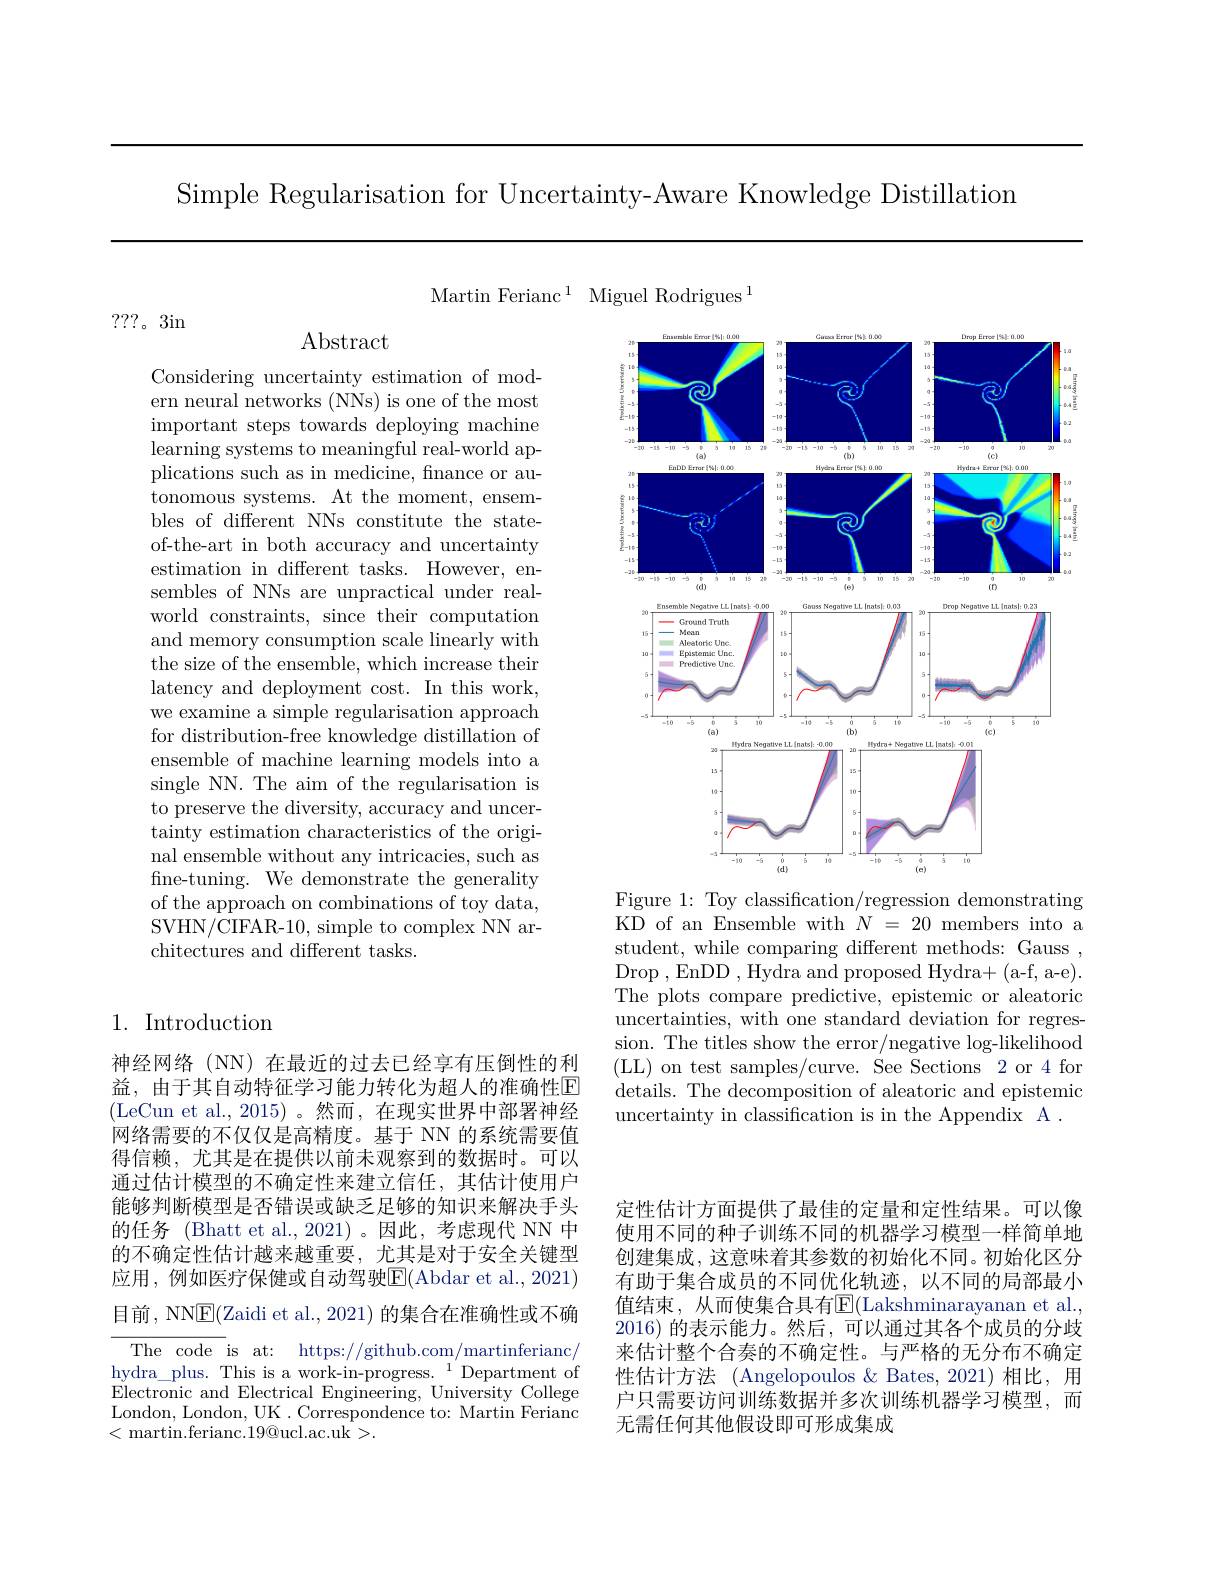
Simple Regularisation for Uncertainty-Aware Knowledge Distillation

Martin Ferianc$^1$ Miguel Rodrigues$^1$

???。3in

$\operatorname{Abstract}$

Considering uncertainty estimation of modern neural networks (NNs) is one of the most important steps towards deploying machine learning systems to meaningful real-world applications such as in medicine, finance or autonomous systems. At the moment, ensembles of different NNs constitute the stateof-the-art in both accuracy and uncertainty estimation in different tasks. However, ensembles of NNs are unpractical under realworld constraints, since their computation and memory consumption scale linearly with the size of the ensemble, which increase their latency and deployment cost. In this work, we examine a simple regularisation approach for distribution-free knowledge distillation of ensemble of machine learning models into a single NN. The aim of the regularisation is to preserve the diversity, accuracy and uncertainty estimation characteristics of the original ensemble without any intricacies, such as fne-tuning. We demonstrate the generality of the approach on combinations of toy data, SVHN/CIFAR-10, simple to complex NN architectures and different tasks.

## 1. Introduction

神经网络(NN)在最近的过去已经享有压倒性的利益，由于其自动特征学习能力转化为超人的准确性E (LeCun et al.,2015)。然而，在现实世界中部署神经网络需要的不仅仅是高精度。基于 NN 的系统需要值得信赖，尤其是在提供以前未观察到的数据时。可以通过估计模型的不确定性来建立信任，其估计使用户能够判断模型是否错误或缺乏足够的知识来解决手头的任务 (Bhatt et al.,2021)。因此，考虑现代 NN 中的不确定性估计越来越重要，尤其是对于安全关键型应用，例如医疗保健或自动驾驶$\overline{\mathrm{E}}($Abdar et al.,2021) 目前，NNE(Zaidi et al., 2021) 的集合在准确性或不确The code is at: https://github.com/martinferianc/ hydra\_plus. This is a work-in-progress. $^{1^{\prime}}$Department of Electronic and Electrical Engineering, University College London, London, UK. Correspondence to: Martin Ferianc

< martin.ferianc.19@ucl.ac.uk>.

<FigureHere>

Figure 1: Toy classification/regression demonstrating KD of an Ensemble with $N=20$ members into a student, while comparing different methods: Gauss , Drop ,EnDD ,Hydra and proposed Hydra+(a-f, a-e). The plots compare predictive, epistemic or aleatoric uncertainties, with one standard deviation for regression. The titles show the error/negative log-likelihood (LL) on test samples/curve. See Sections 2 or 4 for details. The decomposition of aleatoric and epistemic uncertainty in classification is in the Appendix A .

定性估计方面提供了最佳的定量和定性结果。可以像使用不同的种子训练不同的机器学习模型一样简单地创建集成，这意味着其参数的初始化不同。初始化区分有助于集合成员的不同优化轨迹，以不同的局部最小值结束，从而使集合具有$\overline{\mathbb{E}}($Lakshminarayanan et al., 2016)的表示能力。然后，可以通过其各个成员的分歧来估计整个合奏的不确定性。与严格的无分布不确定性估计方法 (Angelopoulos & Bates, 2021)相比，用户只需要访问训练数据并多次训练机器学习模型，而无需任何其他假设即可形成集成